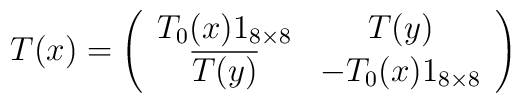
T(x)=\left(\begin{array}{cc}T_0(x)1_{8\times 8} & T(y) \\             \overline{T(y)} & -T_0(x) 1_{8\times 8} \\ \end{array} \right)